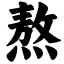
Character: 熬